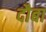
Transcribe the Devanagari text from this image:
दौबा